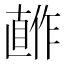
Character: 𰥺